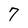
Character: 7